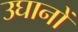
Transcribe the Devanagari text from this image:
उघानों